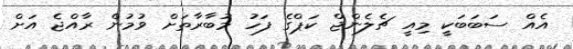
އެއް ސަބަބަކީ މިއީ ޗެލެންޖް ކަޕްގެ ފަހު މުބާރާތަށް ވުމުން ރާއްޖެ އަށް